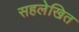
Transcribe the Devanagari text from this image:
सहलेखित